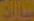
سيارات